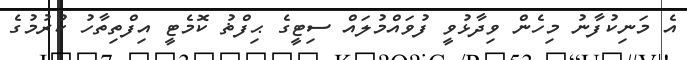
އެ މަނިކުފާނު މިހެން ވިދާޅުވީ ފުވައްމުލައް ސިޓީގެ ޙިފްޡު ކޮމެޓީ އިފްތިތާހު ކުރުމުގެ